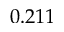
0 . 2 1 1